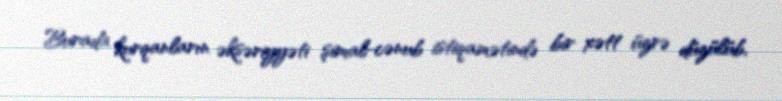
Burada kurqanların əksəriyyəti şimal-cənub istiqamətində bir xətt üzrə düzülüb,